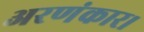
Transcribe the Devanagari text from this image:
अरणंकार।